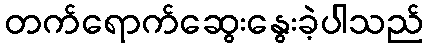
တက်ရောက်ဆွေးနွေးခဲ့ပါသည်